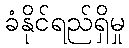
ခံနိုင်ရည်ရှိမှု